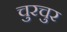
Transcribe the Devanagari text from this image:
चुरचुर